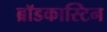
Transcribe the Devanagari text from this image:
ब्रॉडकास्टिन